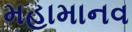
મહામાનવ